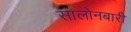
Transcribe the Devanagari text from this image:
सालोनबारी